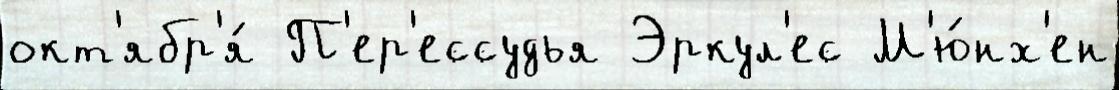
окт'ябр'я́ П'ер'ессудья Эркул'ес М'ю́нх'ен